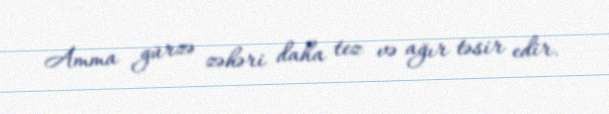
Amma gürzə zəhəri daha tez və ağır təsir edir.